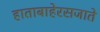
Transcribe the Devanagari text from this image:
हाताबाहेरसजाते